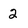
Character: 2